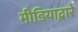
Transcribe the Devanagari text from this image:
मीडियाद्वारे